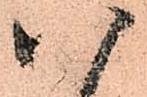
八